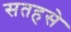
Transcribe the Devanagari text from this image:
सतहसे